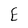
Character: E